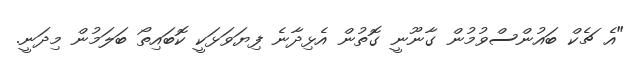
"އެ ޗެކް ބައުންސްވުމުން ގާނޫނީ ގޮތުން އެޅިދާނެ ފިޔަވަޅަކީ ކޮބައިތޯ ބަލަމުން މިދަނީ.